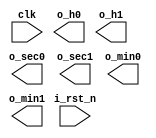
module Clock(clk,
				     i_rst_n,
				     o_sec0,
				     o_sec1,
				     o_min0,
			     	 o_min1,
			     	 o_h0,
				     o_h1,
			     	 );
				 
input  clk;
input  i_rst_n;
output [6:0]o_sec0;
output [6:0]o_sec1;
output [6:0]o_min0;
output [6:0]o_min1;
output [6:0]o_h0;
output [6:0]o_h1;

reg [5:0] sec_count;
reg [5:0] min_count;
reg [4:0] h_count;
wire sec59;
wire min59;
wire h23;
wire sec_select;
wire min_select;
wire h_select;

//Second

always @(posedge clk) begin
	if(sec_select) begin
		sec_count <= sec_count + 6'd1;
	end
	else begin
		sec_count <= 6'd0;
	end
end

//sec59 = sec_count == 59
assign sec59 = sec_count[0] & sec_count[1] & sec_count[3] & sec_count[4] & sec_count[5];
assign sec_select = i_rst_n & ~sec59;

//Minute

always @(posedge clk) begin
	if(min_select) begin
		if(sec59) begin
			min_count <= min_count + 6'd1;
		end
		else begin
			min_count <= min_count;
		end
	end
	else begin
		min_count <= 6'd0;
	end
end

//min59 = min_count == 59
assign min59 = min_count[0] & min_count[1] & min_count[3] & min_count[4] & min_count[5]; 
assign min_select = i_rst_n & ~min59;

//Hour

always @(posedge clk) begin
	if(h_select) begin
		if(min59) begin
			h_count <= h_count + 5'd1;
		end
		else begin
			h_count <= h_count;
		end
	end
	else begin
		h_count <= 5'd0;
	end
end

//h23 = h_count == 23
assign h23 = ((h_count[0] & h_count[1]) & (h_count[2] & h_count[4]));
assign h_select = i_rst_n & ~h23;

endmodule